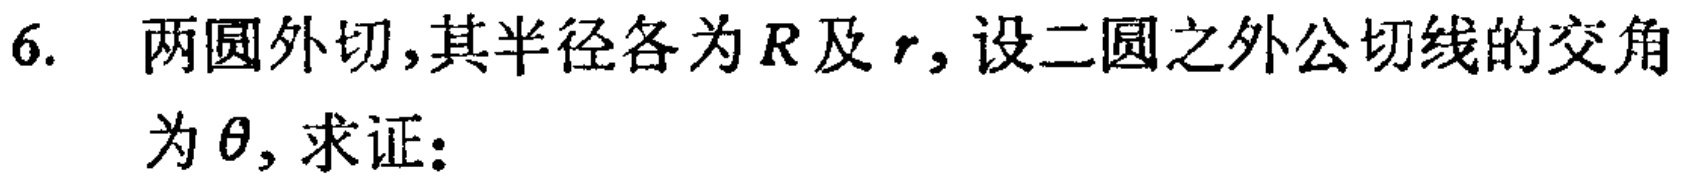
6. 两圆外切,其半径各为\(R\)及\(r\), 设二圆之外公切线的交角为\(\theta\), 求证：